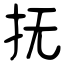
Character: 抚